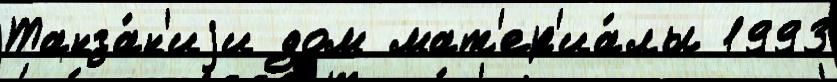
Танза́н'иjи дом мат'ер'иа́лы 1993